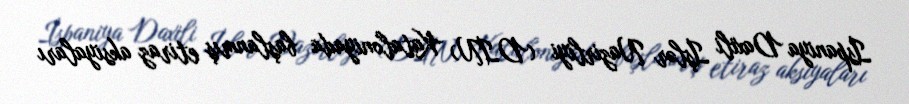
İspaniya Daxili İşlər Nazirliyi (DİN) Kataloniyada başlanmış etiraz aksiyaları